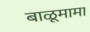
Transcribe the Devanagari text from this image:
बाळूमामा